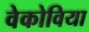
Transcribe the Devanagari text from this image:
वेकोविया